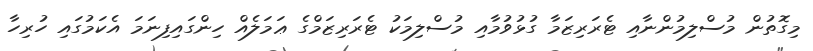
މިގޮތުން މުސްލިމުންނާއި ޓެރަރިޒަމާ ގުޅުވުމާއި މުސްލިމަކު ޓެރަރިޒަމްގެ ޢަމަލެއް ހިންގައިފިނަމަ އެކަމުގައި ހުރިހާ